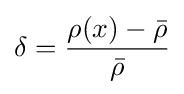
\delta ={\rho (x)-{\bar {\rho }} \over {\bar {\rho }}}